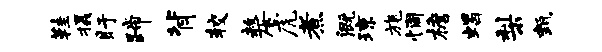
鞋摄盱蹄背较嫠虎煮溉琼旄惆檐蝎梨甄